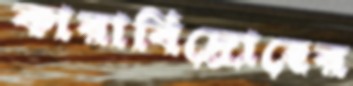
কারাবিদ্রোহের